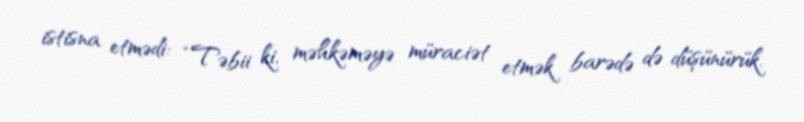
istisna etmədi: “Təbii ki, məhkəməyə müraciət etmək barədə də düşünürük.